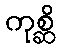
ကုစ္ဆိ